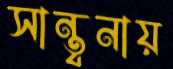
সান্ত্বনায়